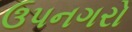
ઉપનગરો